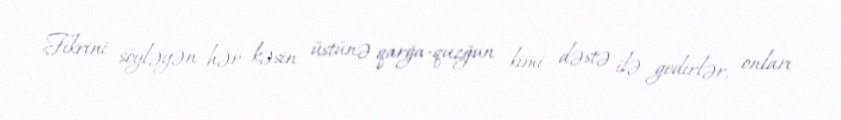
Fikrini söyləyən hər kəsin üstünə qarğa-quzğun kimi dəstə ilə gedirlər, onları